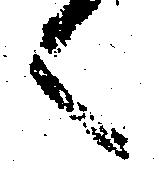
言